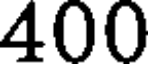
400